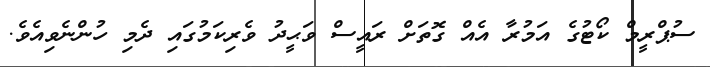
ސުޕްރީމް ކޯޓުގެ އަމުރާ އެއް ގޮތަށް ރައީސް ވަޙީދު ވެރިކަމުގައި ދެމި ހުންނެވިއެވެ.